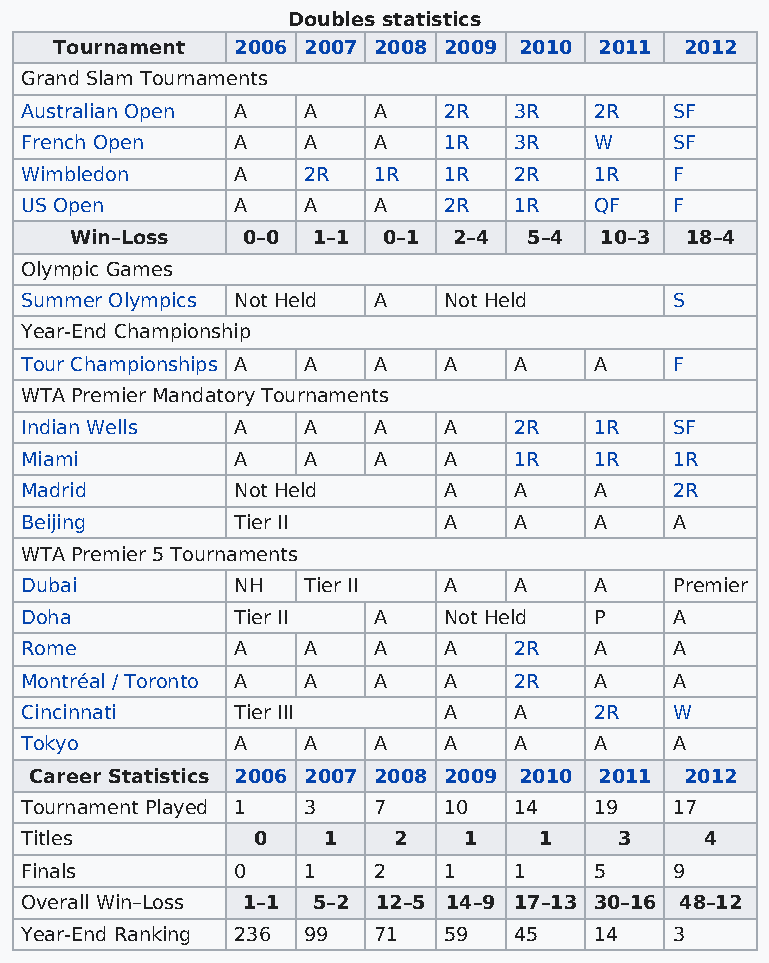
Doubles statistics
 Tournament 2006 2007 2008 2009 2010 2011 2012
 Grand Slam Tournaments
 Australian Open A  A    A   2R   3R   2R    SF
 French Open   A    A    A   1R   3R   W     SF
 Wimbledon     A    2R   1R  1R   2R   1R    F
 US Open       A    A    A   2R   1R   QF    F
 Win–Loss   0–0  1–1 0–1  2–4  5–4  10–3 18–4
 Olympic Games
 Summer Olympics Not Held A  Not Held        S
 Year-End Championship
 Tour Championships A A  A   A    A    A     F
 WTA Premier Mandatory Tournaments
 Indian Wells  A    A    A   A    2R   1R    SF
 Miami         A    A    A   A    1R   1R    1R
 Madrid        Not Held      A    A    A     2R
 Beijing       Tier II       A    A    A     A
 WTA Premier 5 Tournaments
 Dubai         NH   Tier II  A    A    A     Premier
 Doha          Tier II   A   Not Held  P     A
 Rome          A    A    A   A    2R   A     A
 Montréal / Toronto A A  A   A    2R   A     A
 Cincinnati    Tier III      A    A    2R    W
 Tokyo         A    A    A   A    A    A     A
 Career Statistics 2006 2007 2008 2009 2010 2011 2012
 Tournament Played 1 3   7   10   14   19    17
 Titles          0   1    2    1    1    3     4
 Finals        0    1    2   1    1    5     9
 Overall Win–Loss 1–1 5–2 12–5 14–9 17–13 30–16 48–12
 Year-End Ranking 236 99 71  59   45   14    3